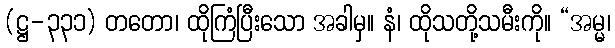
(ဋ္ဌ-၃၃၁) တတော၊ ထိုကြံပြီးသော အခါမှ။ နံ၊ ထိုသတို့သမီးကို။ “အမ္မ၊